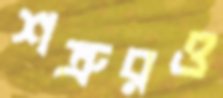
শত্রুরও